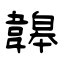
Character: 韟